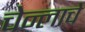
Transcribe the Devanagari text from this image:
चेन्लाचे